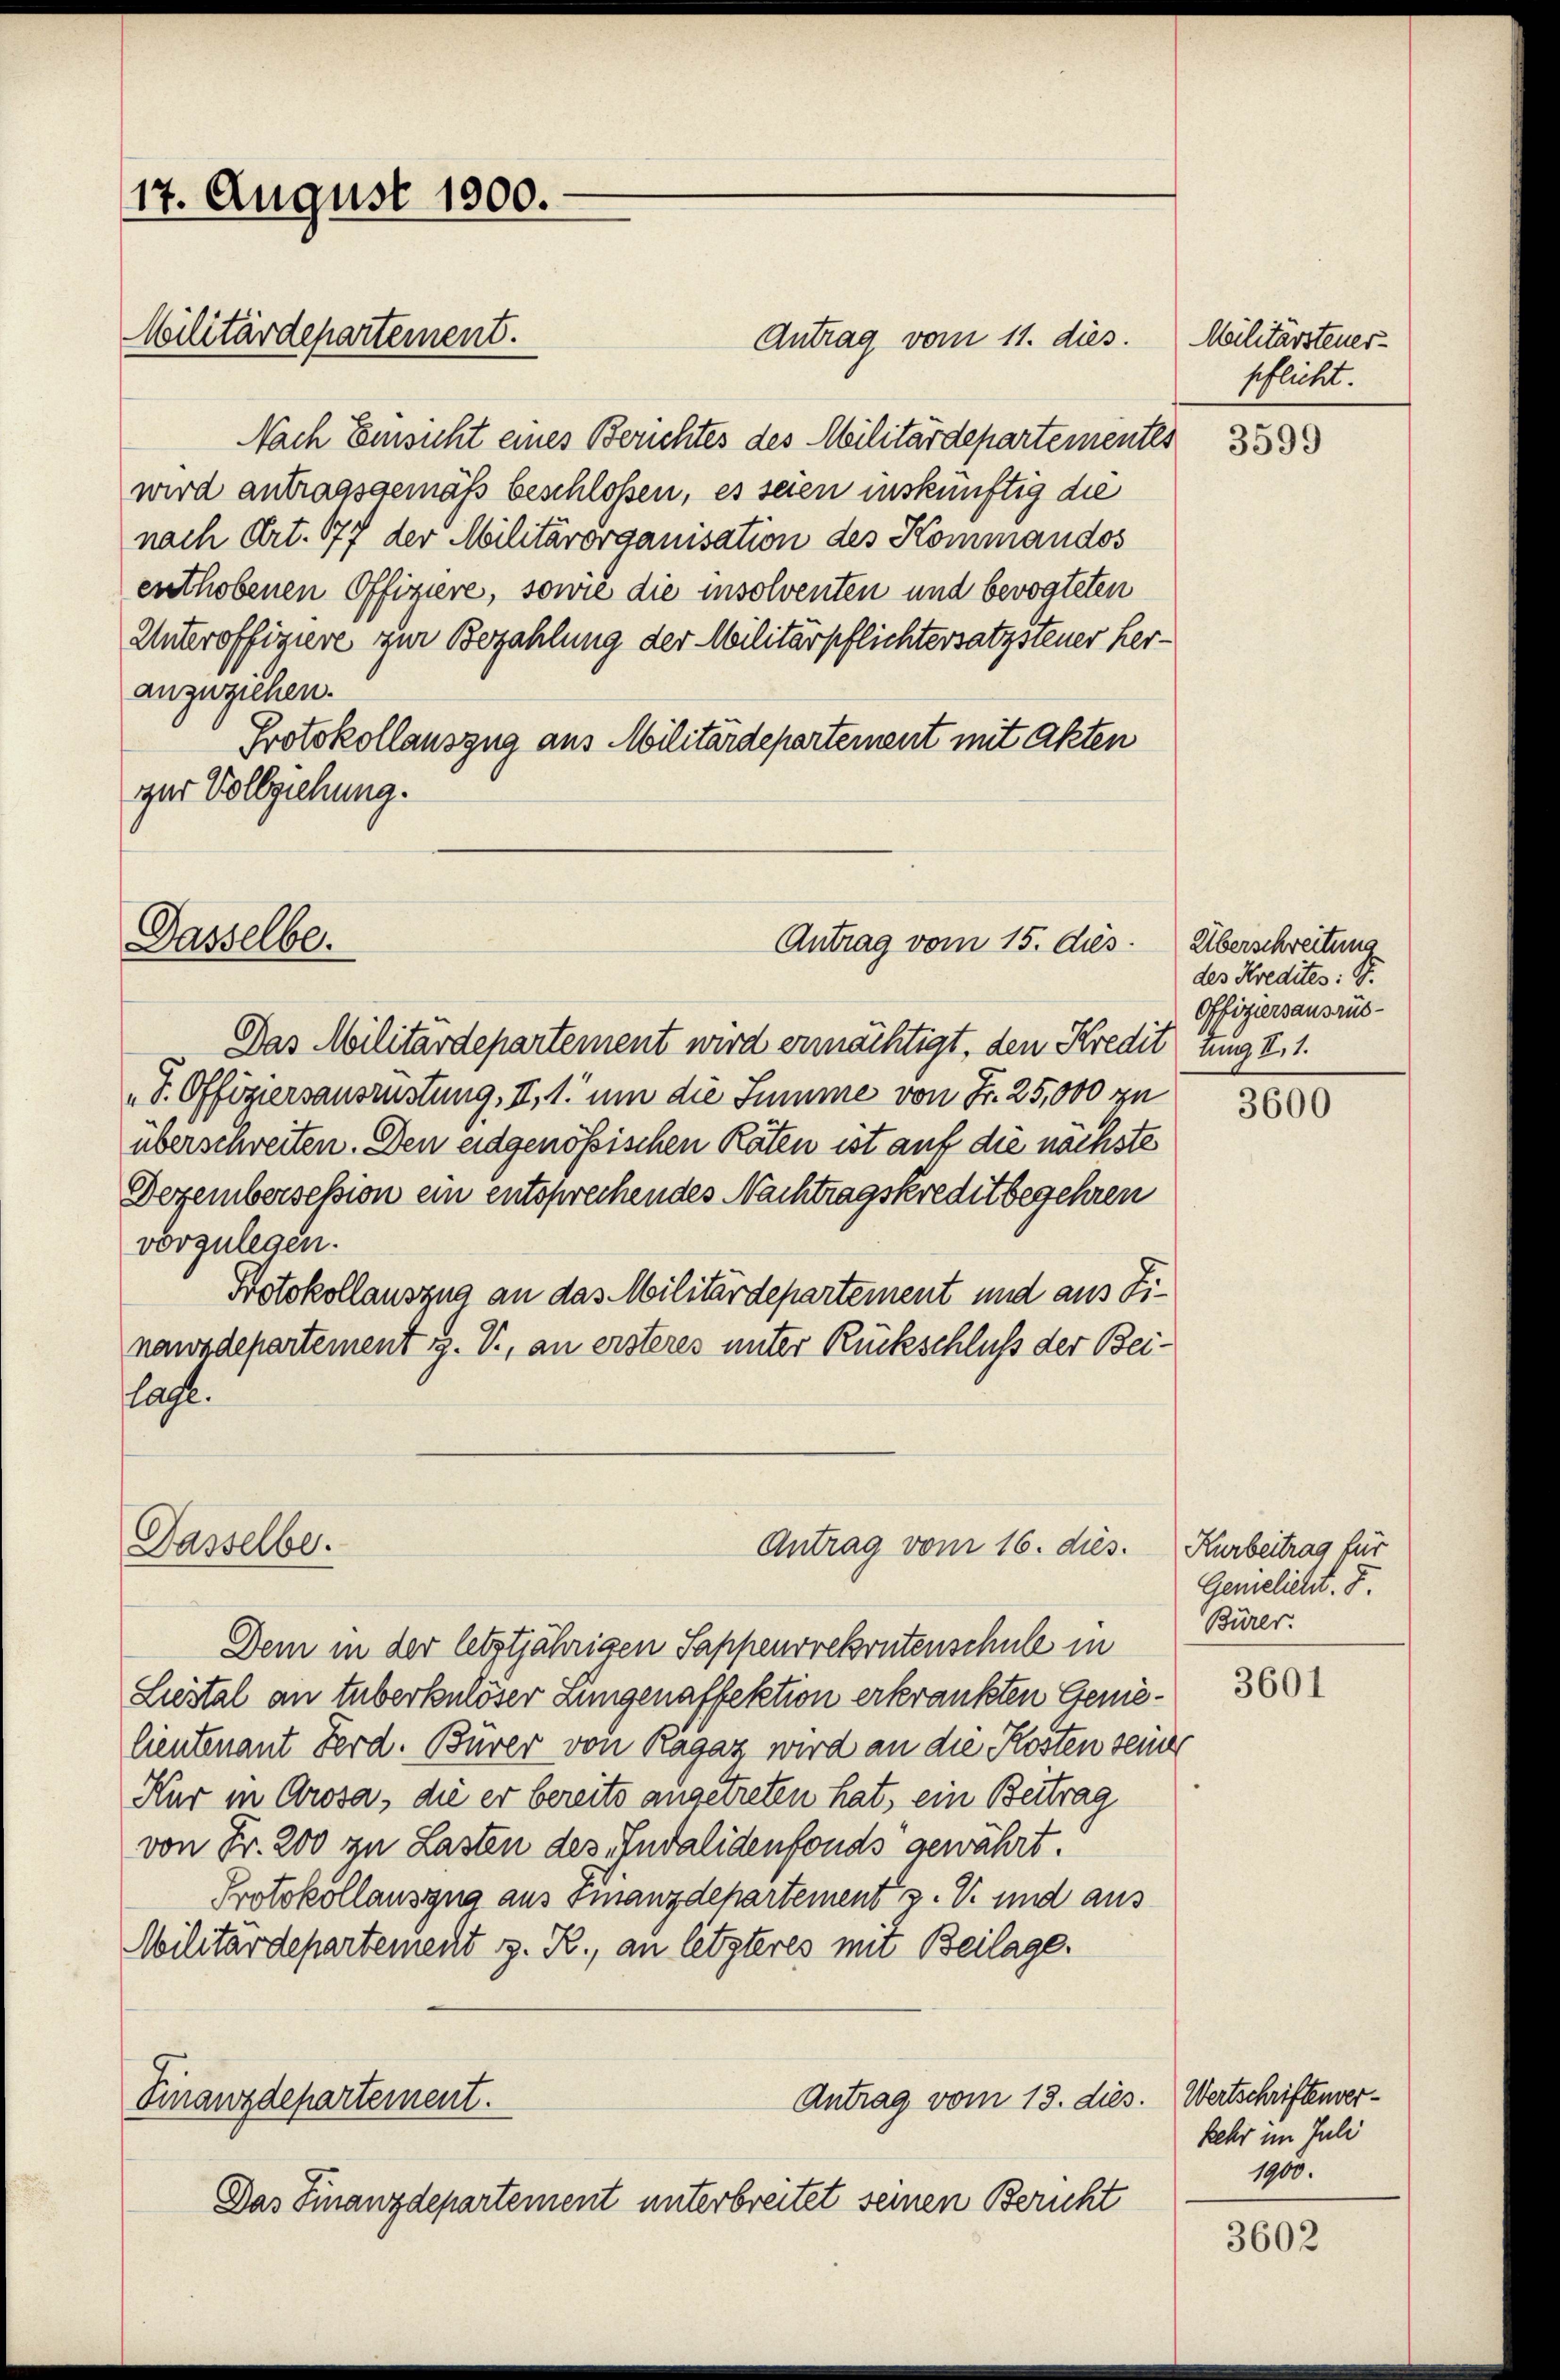
17. August 1900.
Militärdepartement.

Antrag vom 11. dies
Nach Einsicht eines Berichtes des Militärdepartementes
wird antragsgemäß beschloßen, es seien inskünftig die
nach Art. 177 der Militärorganisation des Kommandos
enthobenen Offiziere, sowie die insolventen und bevogteten
Unteroffigire zur Bezahlung der Militärpflichtersatzsteuer heranzuziehen.
Protokollauszug aus Militärdepartement mit Akten
zur Vollziehung.

Dasselbe.

Dasselbe.

Antrag vom 15. dus.

Antrag vom 16. dies.

Das Militärdepartement wird ermächtigt, den Kredit ung I, 1
S. Offiziersausrüstung, II, 1. um die Summe von Fr. 25,000 zu
überschreiten. Den eidgenößischen Raten ist auf die nächste
Dezembersession ein entsprechendes Nachtragskreditbegehren
vorzulegen.
Protokollauszug an das Militärdepartement und aus Finanzdepartement z. V., an ersteres unter Rückschluß der Beilasse.

Militärsteuer
geflicht.

Dem in der letztjährigen Sappenrekrutenschule in
Liestal an tuberkulöser Linigenaffektion erkrankten Genielieutenant Ferd. Bürer von Ragaz wird an die Kosten seiner
Kur in Grosa, die er bereits angetreten hat, ein Beitrag
von Fr. 200 zu Lasten des Invalidenfonds gewährt.
Protokollauszug aus Finanzdepartement v. V. und aus
Militärdepartement z. R., an letzteres mit Beilage.
Antrag vom 13. dies. Wertschriftenver¬
Finanzdepartement.
Das Finanzdepartement unterbreitet seinen Bericht

3599

Überschreitung
des Kredites: S.
Offiziersausrüs¬

3600

Kurbeitrag für
Gemelicht. F.
Burer.

3601

kehr im Juli
1905.

3602